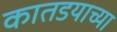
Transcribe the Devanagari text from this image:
कातडयाच्या